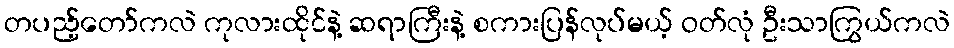
တပည့်တော်ကလဲ ကုလားထိုင်နဲ့ ဆရာကြီးနဲ့ စကားပြန်လုပ်မယ့် ဝတ်လုံ ဦးသာကြွယ်ကလဲ